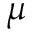
\boldsymbol { \mu }